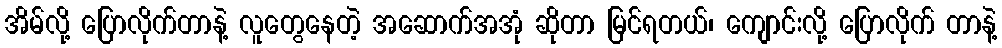
အိမ်လို့ ပြောလိုက်တာနဲ့ လူတွေနေတဲ့ အဆောက်အအုံ ဆိုတာ မြင်ရတယ်၊ ကျောင်းလို့ ပြောလိုက် တာနဲ့